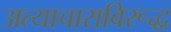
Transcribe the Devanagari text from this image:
अत्याचाराविरूद्ध